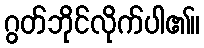
ဂွတ်ဘိုင်လိုက်ပါ၏။